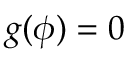
g ( \phi ) = 0